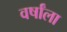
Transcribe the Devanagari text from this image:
वर्षांला